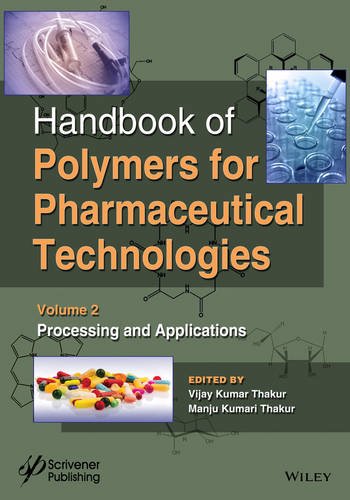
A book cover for Handbook of Polymers for Pharmaceutical Technologies, Processing and Applications (Volume 2); Vijay Kumar Thakur; Medical Books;